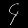
Digit: ၄